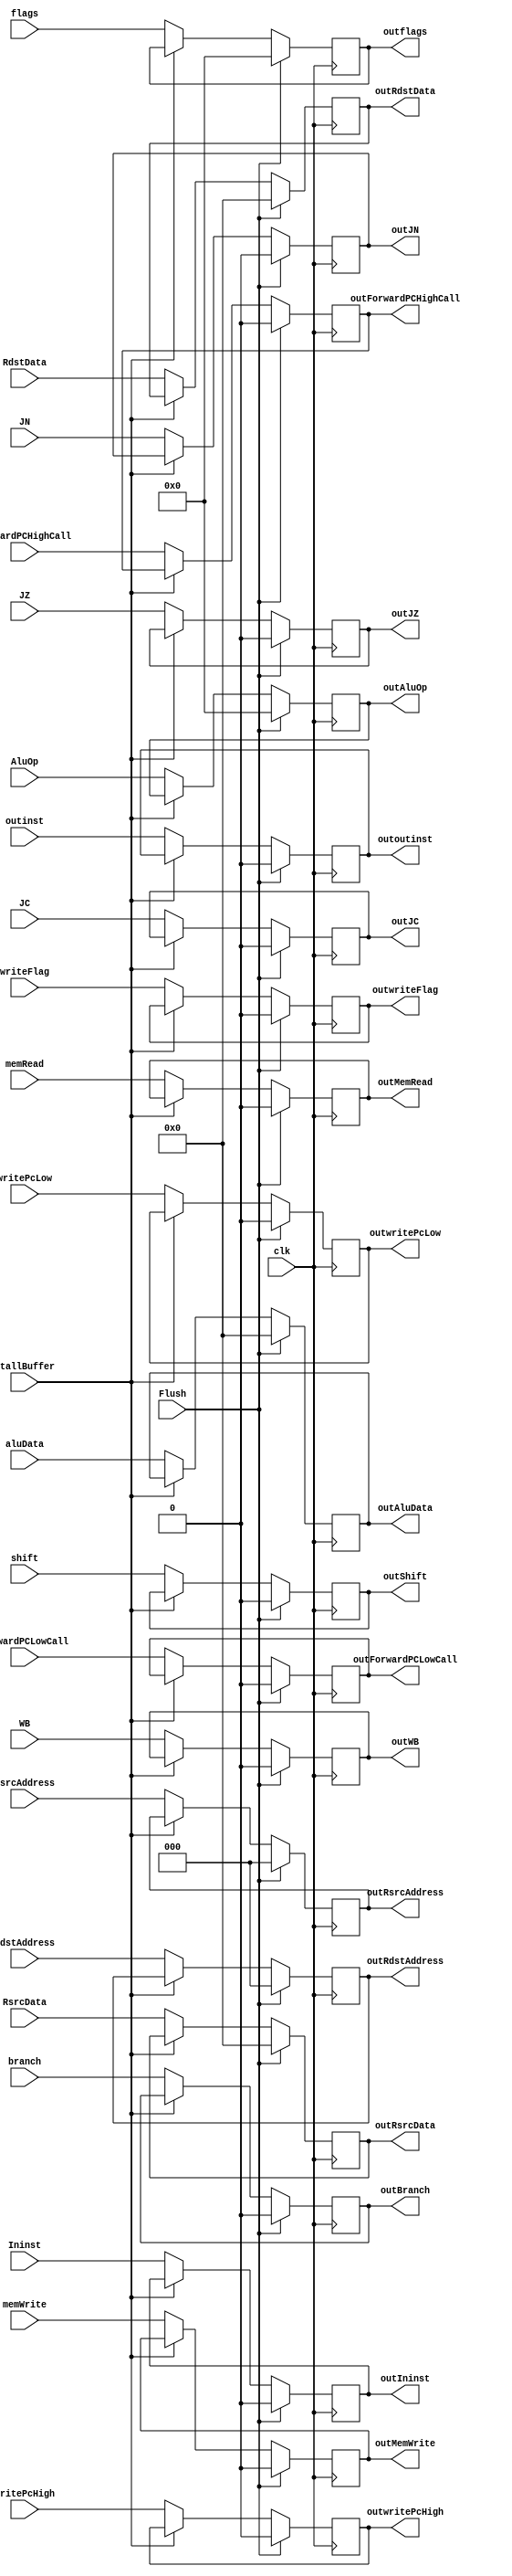
module IE_IM (
    input clk,
    input [15:0] aluData,
    input [3:0] flags,
    input [2:0] RsrcAddress,
    input [2:0] RdstAddress,
    input [3:0] AluOp,
    input WB,
    input memRead,
    input memWrite,
    input branch,
    input JZ,
    input JC,
    input JN,
    input shift,
    input writeFlag,
    input writePcHigh,
    input writePcLow,
    input stallBuffer,
    input [15:0] RsrcData,
    input [15:0] RdstData,
    output [15:0] outAluData,
    output [2:0] outRsrcAddress,
    output [2:0] outRdstAddress,
    output [3:0] outAluOp,
    output outWB,
    output outMemRead,
    output outMemWrite,
    output outBranch,
    output outJZ,
    output outJC,
    output outJN,
    output outShift,
    output [15:0] outRsrcData,
    output [15:0] outRdstData,
    input Flush,
    output [3:0] outflags,
    output outwriteFlag,
    output outwritePcHigh,
    output outwritePcLow,
    input ForwardPCHighCall,
    input ForwardPCLowCall,
    output outForwardPCHighCall,
    output outForwardPCLowCall,
    input Ininst,
    input outinst,
    output outIninst,
    output outoutinst
);

always @(posedge clk) begin
    if (stallBuffer == 0) begin
        outAluData = aluData;
        outRsrcAddress = RsrcAddress;
        outRdstAddress = RdstAddress;
        outAluOp = AluOp;
        outWB = WB;
        outMemRead = memRead;
        outMemWrite = memWrite;
        outBranch = branch;
        outShift = shift;
        outRsrcData = RsrcData;
        outRdstData = RdstData;
        outJZ = JZ;
        outJC = JC;
        outJN = JN;
        outflags = flags;
        outwriteFlag = writeFlag;
        outwritePcHigh = writePcHigh;
        outwritePcLow = writePcLow;
        outForwardPCHighCall = ForwardPCHighCall;
        outForwardPCLowCall = ForwardPCLowCall;
        outIninst = Ininst;
        outoutinst = outinst;
    end
    if (Flush == 1) begin
        outAluData = 0;
        outRsrcAddress = 0;
        outRdstAddress = 0;
        outAluOp = 0;
        outWB = 0;
        outMemRead = 0;
        outMemWrite = 0;
        outBranch = 0;
        outShift = 0;
        outRsrcData = 0;
        outRdstData = 0;
        outJZ = 0;
        outJC = 0;
        outJN = 0;
        outflags = 0;
        outwriteFlag = 0;
        outwritePcHigh = 0;
        outwritePcLow = 0;
        outForwardPCHighCall = 0;
        outForwardPCLowCall = 0;
        outIninst = 0;
        outoutinst = 0;
    end
end

endmodule